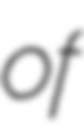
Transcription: of